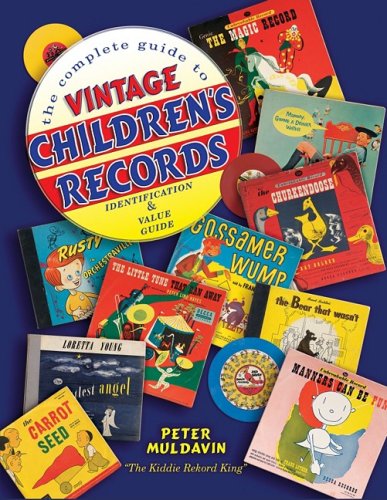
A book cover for The Complete Guide to Vintage Children's Records, Identification & Value Guide; Peter Muldavin; Crafts, Hobbies & Home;